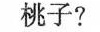
桃子?